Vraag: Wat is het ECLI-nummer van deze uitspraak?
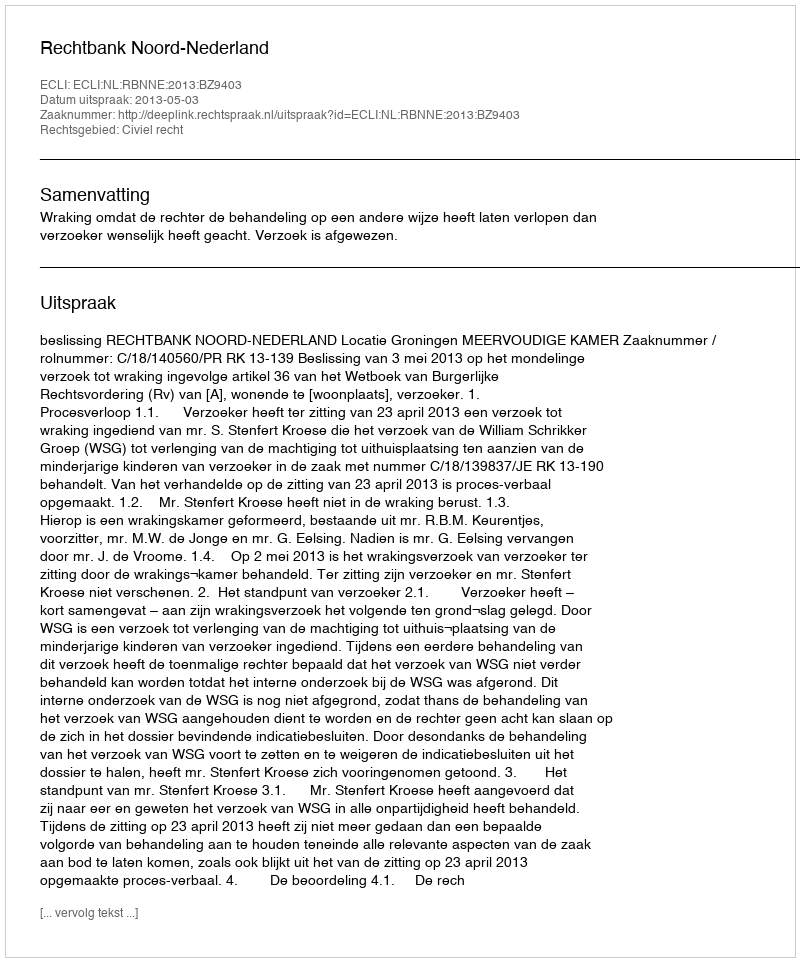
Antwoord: ECLI:NL:RBNNE:2013:BZ9403